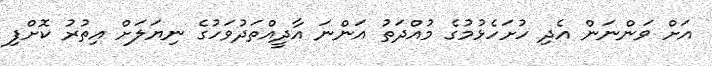
އަށް ވަންނަން އެދި ހުށަހެޅުމުގެ މުއްދަތު އަންނަ އާދީއްތަދުވަހުގެ ނިޔަލަށް އިތުރު ކޮށްފި